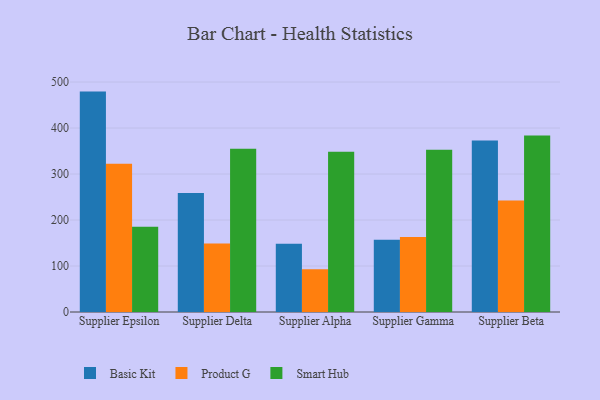
{"axis": {"x": "Supplier", "y": "Page Views"}, "legend": ["Basic Kit", "Product G", "Smart Hub"], "data": [{"x": "Supplier Epsilon", "y": 479.2, "type": "Basic Kit"}, {"x": "Supplier Epsilon", "y": 322.5, "type": "Product G"}, {"x": "Supplier Epsilon", "y": 185.6, "type": "Smart Hub"}, {"x": "Supplier Delta", "y": 258.6, "type": "Basic Kit"}, {"x": "Supplier Delta", "y": 149.0, "type": "Product G"}, {"x": "Supplier Delta", "y": 355.1, "type": "Smart Hub"}, {"x": "Supplier Alpha", "y": 148.4, "type": "Basic Kit"}, {"x": "Supplier Alpha", "y": 92.7, "type": "Product G"}, {"x": "Supplier Alpha", "y": 348.3, "type": "Smart Hub"}, {"x": "Supplier Gamma", "y": 157.3, "type": "Basic Kit"}, {"x": "Supplier Gamma", "y": 163.3, "type": "Product G"}, {"x": "Supplier Gamma", "y": 352.8, "type": "Smart Hub"}, {"x": "Supplier Beta", "y": 372.7, "type": "Basic Kit"}, {"x": "Supplier Beta", "y": 242.6, "type": "Product G"}, {"x": "Supplier Beta", "y": 383.8, "type": "Smart Hub"}]}